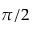
\pi / 2